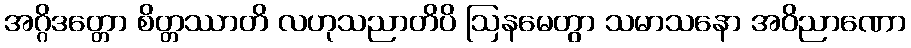
အဂ္ဂိဒတ္တော စိတ္တဿာတိ လဟုသညာတိပိ ဩနမေတွာ သမာသနော အဝိညာဏော